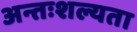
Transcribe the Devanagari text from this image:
अन्तःशल्यता